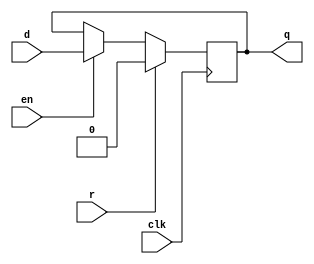
module dffre #(parameter WIDTH = 1) (
    input clk,
    input r,
    input en,
    input [WIDTH-1:0] d,
    output reg [WIDTH-1:0] q
);

    always @(posedge clk)
        if (r)
            q <= {WIDTH{1'b0}};
        else if (en)
            q <= d;
        else
            q <= q;

endmodule